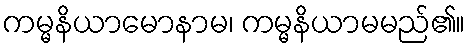
ကမ္မနိယာမောနာမ၊ ကမ္မနိယာမမည်၏။